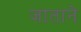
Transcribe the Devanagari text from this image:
जाताने